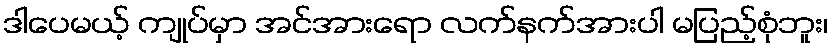
ဒါပေမယ့် ကျုပ်မှာ အင်အားရော လက်နက်အားပါ မပြည့်စုံဘူး၊